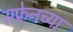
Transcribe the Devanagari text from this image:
सफ्रेनच्या